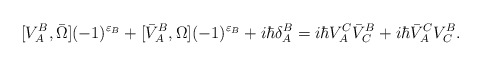
\begin{align*}[V^B_A,\bar{\Omega}](-1)^{\varepsilon_B}+[\bar{V}^B_A,\Omega](-1)^{\varepsilon_B}+i\hbar\delta^B_A=i\hbar V^C_A\bar{V}^B_C+i\hbar\bar{V}^C_AV^B_C.\end{align*}